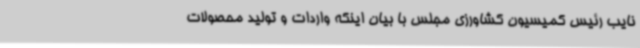
نایب رئیس کمیسیون کشاورزی مجلس با بیان اینکه واردات و تولید محصولات